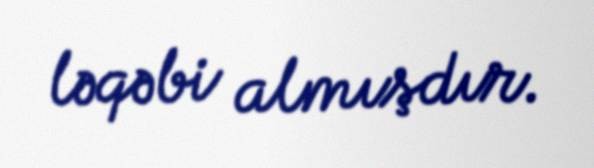
ləqəbi almışdır.